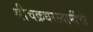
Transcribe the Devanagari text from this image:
श्रीचक्रधरस्वामींची